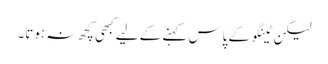
لیکن ٹینگو کے پاس کہنے کے لیے کبھی کچھ نہ ہوتا۔